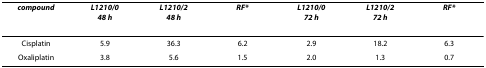
| compound | L1210/048 h | L1210/248 h | RF* | L1210/072 h | L1210/272 h | RF* |
 | --- | --- | --- | --- | --- | --- | --- |
 | Cisplatin | 5.9 | 36.3 | 6.2 | 2.9 | 18.2 | 6.3 |
 | Oxaliplatin | 3.8 | 5.6 | 1.5 | 2.0 | 1.3 | 0.7 |